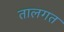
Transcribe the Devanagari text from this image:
तालगत